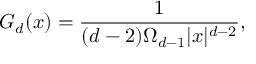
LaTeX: G _ { d } ( x ) = \frac { 1 } { ( d - 2 ) \Omega _ { d - 1 } | x | ^ { d - 2 } } ,